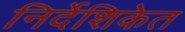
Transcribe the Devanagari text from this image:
निर्देशिकेत